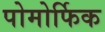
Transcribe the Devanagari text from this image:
पोमोर्फिक